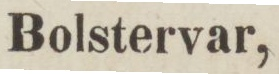
Bolstervar,